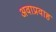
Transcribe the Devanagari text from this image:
अवाप्रवाह